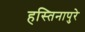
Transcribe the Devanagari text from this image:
हस्तिनापुरे